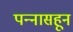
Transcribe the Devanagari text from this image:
पन्‍नासहून